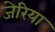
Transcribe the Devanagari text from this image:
जेरिया